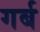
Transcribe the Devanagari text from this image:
गर्ब